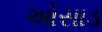
ઓસાડ